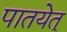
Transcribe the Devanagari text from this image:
पातयेत्